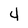
Character: 4